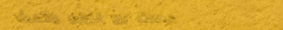
محلات بيع التوابل والأعشا